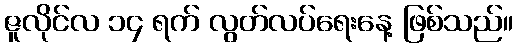
ဇူလိုင်လ ၁၄ ရက် လွတ်လပ်ရေးနေ့ ဖြစ်သည်။